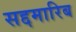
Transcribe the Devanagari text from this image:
सद्दमारिब